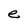
Character: e